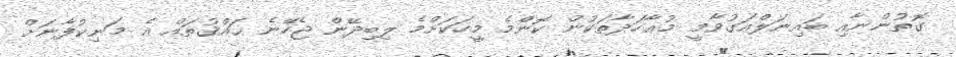
ގޮތުންނާއި ބައިނަލްއަގުވާމީ މުޢާހަދާތަކުން ކޮންމެ މީހަކަށްމެ ލިބިދޭން ޖެހޭނެ ޙައްޤުތައް އެ މަނިކުފާނަށް